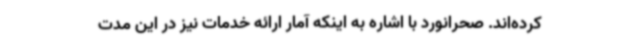
کرده‌اند. صحرانورد با اشاره به اینکه آمار ارائه خدمات نیز در این مدت